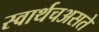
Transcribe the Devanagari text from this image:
स्वार्थचअसते